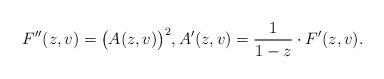
LaTeX: \begin{align*} F''(z,v) = \big(A(z,v)\big)^{2}, A'(z,v) = \frac{1}{1-z} \cdot F'(z,v).\end{align*}